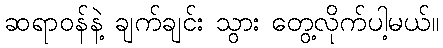
ဆရာဝန်နဲ့ ချက်ချင်း သွား တွေ့လိုက်ပါ့မယ်။